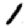
Digit: 1